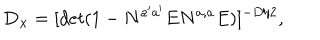
LaTeX: { \bf D _ { x } } = [ d e t ( 1 - N ^ { a ^ { \prime } a ^ { \prime } } E N ^ { a , a } E ) ] ^ { - D / 2 } , \, \,